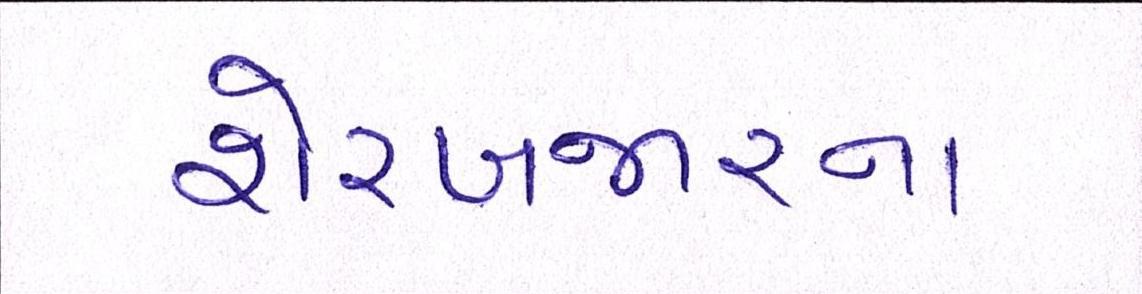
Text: શેરબજારના